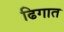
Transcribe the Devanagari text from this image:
ढिगात